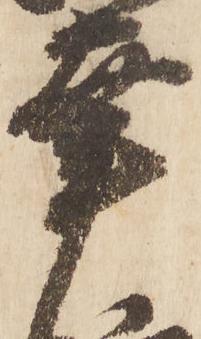
幸